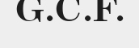
G.C.F.